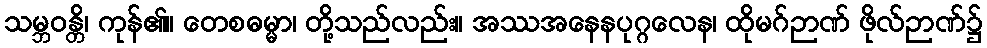
သမ္ဘဝန္တိ၊ ကုန်၏။ တေစဓမ္မာ၊ တို့သည်လည်း။ အဿအနေနပုဂ္ဂလေန၊ ထိုမဂ်ဉာဏ် ဖိုလ်ဉာဏ်၌